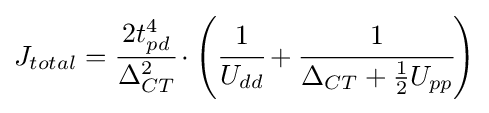
J_{total}={\cfrac {2t_{pd}^{4}}{\Delta _{CT}^{2}}}\cdot \left({\cfrac {1}{U_{dd}}}+{\cfrac {1}{\Delta _{CT}+{\tfrac {1}{2}}U_{pp}}}\right)